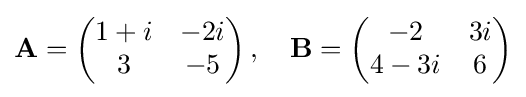
\mathbf {A} ={\begin{pmatrix}1+i&-2i\\3&-5\end{pmatrix}}\,,\quad \mathbf {B} ={\begin{pmatrix}-2&3i\\4-3i&6\end{pmatrix}}